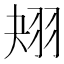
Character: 𦐋